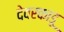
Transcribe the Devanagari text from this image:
देवरकाडू